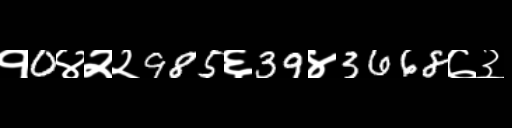
Text: १0४२२985६39४3668७३